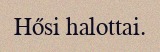
Hősi halottai.